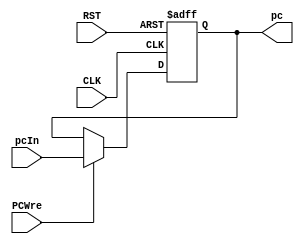
`timescale 1ns / 1ps
//////////////////////////////////////////////////////////////////////////////////
// Company: 
// Engineer: 
// 
// Design Name: 
// Module Name: PC_Generate
// Project Name: 
// Target Devices: 
// Tool Versions: 
// Description: 
// 
// Dependencies: 
// 
// Revision:
// Revision 0.01 - File Created
// Additional Comments:
// 
//////////////////////////////////////////////////////////////////////////////////


module PC_Generate(
	input CLK,
    input RST,
    input PCWre,
    input [31:0]pcIn,
    output reg[31:0]pc
    );

    always @(posedge CLK or negedge RST) begin
        if (RST == 0) 
            pc <= 0;
        else if (PCWre == 1) begin
                pc <= pcIn;
            end
    end
endmodule